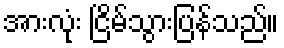
အားလုံး ငြိမ်သွားပြန်သည်။